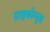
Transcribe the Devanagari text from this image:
ग्राहकोन्मुख